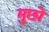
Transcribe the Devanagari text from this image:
मुछो